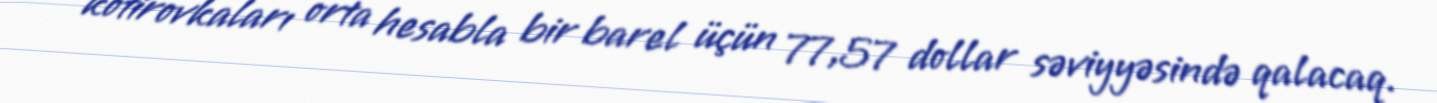
kotirovkaları orta hesabla bir barel üçün 77,57 dollar səviyyəsində qalacaq.